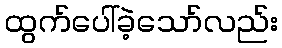
ထွက်ပေါ်ခဲ့သော်လည်း